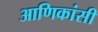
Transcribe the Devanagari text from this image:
आणिकांसी